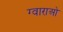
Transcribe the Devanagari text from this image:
ग्वाराओ